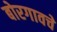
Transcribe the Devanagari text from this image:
बोरगावचे